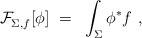
\begin{align*} \mathcal{F}_{\Sigma,f}^{}[\phi]~=~\int_\Sigma \phi^* f~,\end{align*}